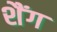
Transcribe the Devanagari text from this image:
शैंग